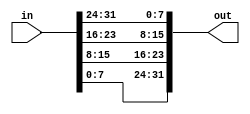
//
// Copyright (c) 2016-2020 Fairwaves, Inc.
// SPDX-License-Identifier: CERN-OHL-W-2.0
//

module bsswap #(
    parameter BYTES = 4
)(
    input  [BYTES*8 - 1:0] in,
    output [BYTES*8 - 1:0] out
);

genvar i;
genvar j;
generate
for (i = 0; i < BYTES; i=i+1) begin: byteb
  for (j = 0; j < 8; j=j+1) begin: bitc
    assign out[8*(BYTES - i - 1) + j] = in[8*i + j];
  end
end
endgenerate

// AXI   7   6   5   4   3   2   1   0
// PCIe  1.0 1.1 1.2 1.3 0.0 0.1 0.2 0.3

endmodule